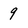
Character: q